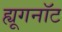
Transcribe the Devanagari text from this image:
ह्यूगनॉट